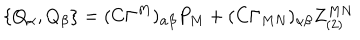
LaTeX: \{ Q _ { \alpha } , Q _ { \beta } \} = ( C \Gamma ^ { M } ) _ { \alpha \beta } P _ { M } + ( C \Gamma _ { M N } ) _ { \alpha \beta } Z _ { ( 2 ) } ^ { M N }